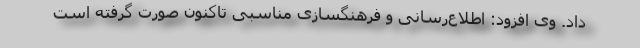
داد. وی افزود: اطلاع‌رسانی و فرهنگسازی مناسبی تاکنون صورت گرفته است